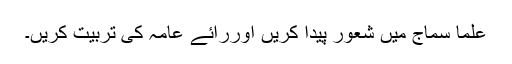
علما سماج میں شعور پیدا کریں اوررائے عامہ کی تربیت کریں۔